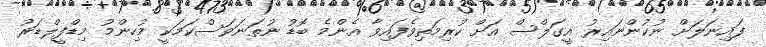
ފައިނަލަށް ނުކުންނައިރު އީގަލްސް އަށް ކުރިމަތިވެފައިވާ އެންމެ ބޮޑު ނުތަނަވަސްކަމަކީ މުހިންމު މިޑްފީލްޑަރު